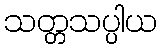
သတ္တသပ္ပါယ